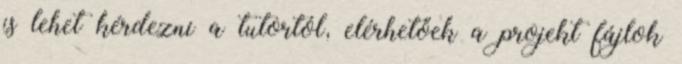
is lehet kérdezni a tutortól, elérhetőek a projekt fájlok